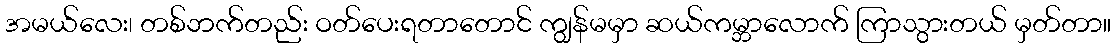
အမယ်လေး၊ တစ်ဘက်တည်း ဝတ်ပေးရတာတောင် ကျွန်မမှာ ဆယ်ကမ္ဘာလောက် ကြာသွားတယ် မှတ်တာ။